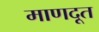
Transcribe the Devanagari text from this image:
माणदूत